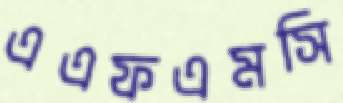
এএফএমসি